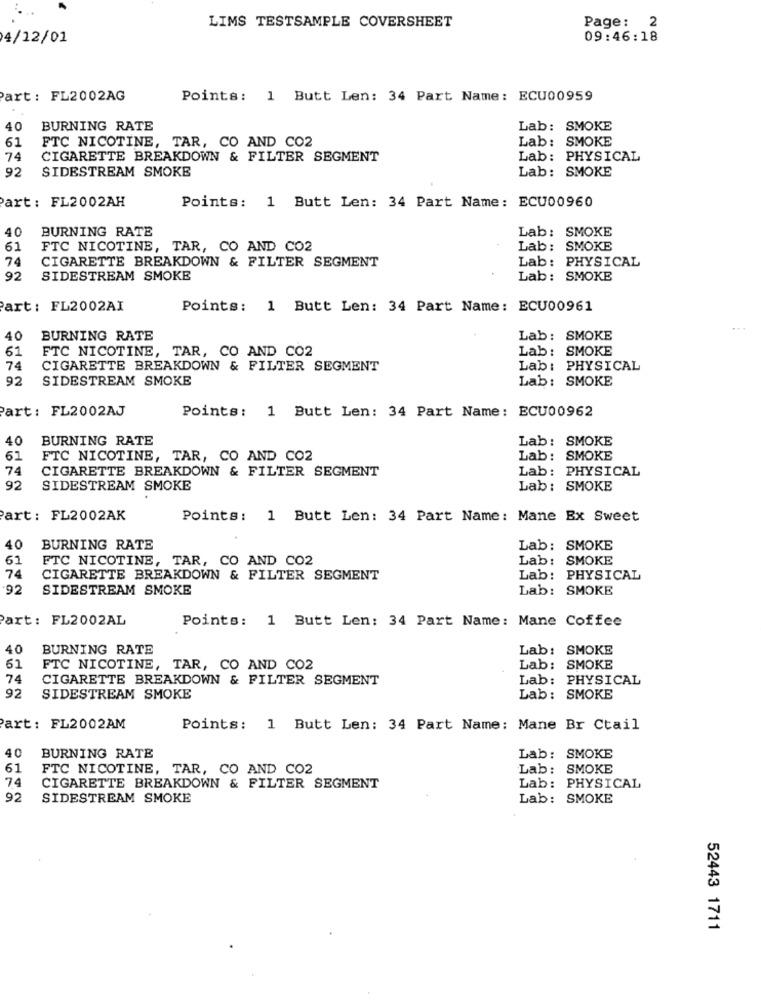
Page: 2
LIMS TESTSAMPLE COVERSHEET
4/12/01
09:46:18
Part : FL2002AG
Points: 1 Butt Len: 34 Part Name: ECU00959
40
BURNING RATE
Lab: SMOKE
61
FTC NICOTINE, TAR, CO AND CO2
Lab: SMOKE
74
CIGARETTE BREAKDOWN & FILTER SEGMENT
Lab: PHYSICAL
92
SIDESTREAM SMOKE
Lab: SMOKE
Part: FL2002AH
Points: 1 Butt Len: 34 Part Name: ECU00960
40
BURNING RATE
Lab: SMOKE
61
FTC NICOTINE, TAR, CO AND CO2
Lab: SMOKE
74
CIGARETTE BREAKDOWN & FILTER SEGMENT
Lab: PHYSICAL
92
SIDESTREAM SMOKE
Lab: SMOKE
art: FL2002AI
Points: 1 Butt Len: 34 Part Name: ECU00961
40
BURNING RATE
Lab: SMOKE
61
FTC NICOTINE, TAR, CO AND CO2
Lab: SMOKE
74
CIGARETTE BREAKDOWN & FILTER SEGMENT
Lab: PHYSICAL
92
SIDESTREAM SMOKE
Lab: SMOKE
Part: FL2002AJ
Points: 1 Butt Len: 34 Part Name: ECU00962
40
BURNING RATE
Lab: SMOKE
61
FTC NICOTINE, TAR, CO AND CO2
Lab: SMOKE
74
CIGARETTE BREAKDOWN & FILTER SEGMENT
Lab: PHYSICAL
92
SIDESTREAM SMOKE
Lab: SMOKE
Part: FL2002AK
Points: 1 Butt Len: 34 Part Name: Mane Ex Sweet
40
BURNING RATE
Lab: SMOKE
61
FTC NICOTINE, TAR, CO AND CO2
Lab: SMOKE
74
CIGARETTE BREAKDOWN & FILTER SEGMENT
Lab: PHYSICAL
92
SIDESTREAM SMOKE
Lab: SMOKE
art: FL2002AL
Points: 1 Butt Len: 34 Part Name: Mane Coffee
40
BURNING RATE
Lab: SMOKE
61
FTC NICOTINE, TAR, CO AND CO2
Lab: SMOKE
74
CIGARETTE BREAKDOWN & FILTER SEGMENT
Lab: PHYSICAL
92
SIDESTREAM SMOKE
Lab: SMOKE
Part: FL2002AM
Points: 1 Butt Len: 34 Part Name: Mane Br Ctail
40
BURNING RATE
Lab: SMOKE
61
FTC NICOTINE, TAR, CO AND CO2
Lab: SMOKE
74
CIGARETTE BREAKDOWN & FILTER SEGMENT
Lab: PHYSICAL
92
SIDESTREAM SMOKE
Lab: SMOKE
52443 1711